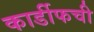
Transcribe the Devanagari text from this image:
कार्डीफची